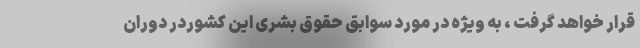
قرار خواهد گرفت ، به ویژه در مورد سوابق حقوق بشری این کشوردر دوران